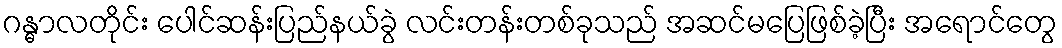
ဂန္ဓာလတိုင်း ပေါင်ဆန်းပြည်နယ်ခွဲ လင်းတန်းတစ်ခုသည် အဆင်မပြေဖြစ်ခဲ့ပြီး အရောင်တွေ